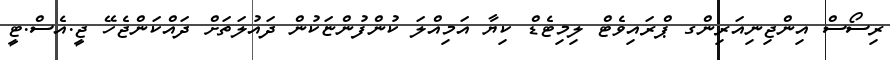
ރިސޯސް އިންޖިނިއަރިންގ ޕްރައިވެޓް ލިމިޓެޑް ކިޔާ އަމިއްލަ ކުންފުންޏަކުން ދައުލަތަށް ދައްކަންޖެހޭ ޖީ.އެސް.ޓީ